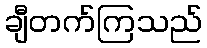
ချီတက်ကြသည်